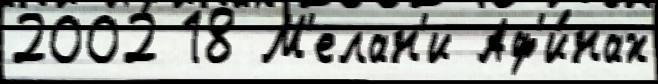
2002 18 М'елан'и Аф'и́нах